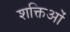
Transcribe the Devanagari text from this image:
शक्तिओं